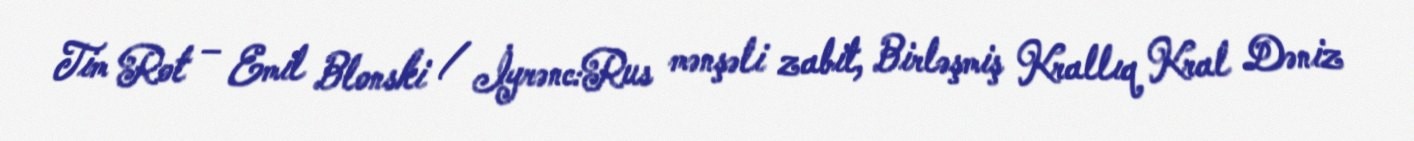
Tim Rot – Emil Blonski / İyrənc:Rus mənşəli zabit, Birləşmiş Krallıq Kral Dəniz